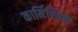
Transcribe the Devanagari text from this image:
कार्मिशियल